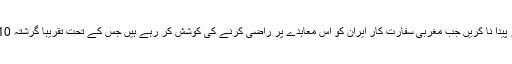
امریکی صدر نے کہا کہ قانون ساز پیش رفت کے عمل میں ایسے وقت بگاڑ پیدا نا کریں جب مغربی سفارت کار ایران کو اس معاہدے پر راضی کرنے کی کوشش کر رہے ہیں جس کے تحت تقریباً گرشتہ 10 برسوں میں پہلی مرتبہ تہران جوہری پروگرام میں پیش رفت بند کر دے گا۔